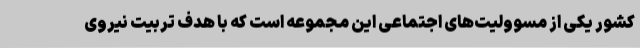
کشور یکی از مسوولیت‌های اجتماعی این مجموعه است که با هدف تربیت نیروی